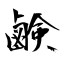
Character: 鹸